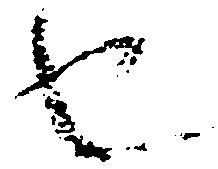
也